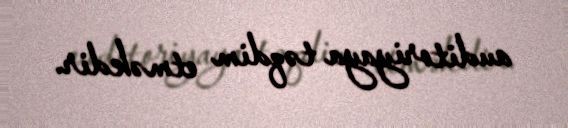
auditoriyaya təqdim etməkdir.